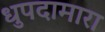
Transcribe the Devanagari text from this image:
धुपदामारा